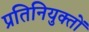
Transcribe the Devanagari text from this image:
प्रतिनियुक्तों